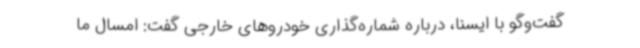
گفت‌وگو با ایسنا، درباره شماره‌گذاری خودروهای خارجی گفت: امسال ما